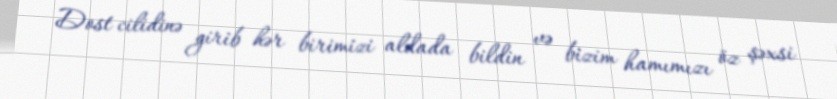
Dost cilidinə girib hər birimizi aldada bildin və bizim hamımızı öz şəxsi